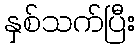
နှစ်သက်ပြီး